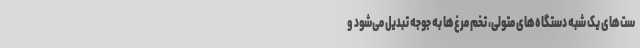
ست‌های یک شبه دستگاه‌های متولی، تخم مرغ‌ها به جوجه تبدیل می‌شود و